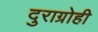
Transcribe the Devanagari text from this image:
दुराग्रोही